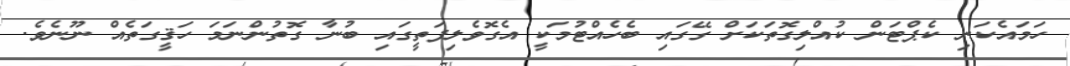
ހަމައެކަނި ކެޕްޓަން ކުއްލިގޮތަކަށް ގޭގައި ބެހެއްޓުމަކީ އެގޮވެލިފަތީގައި ބުނާ ގޮތުންނަމަ ހަޤީގަތެއް ނޫނެވެ.